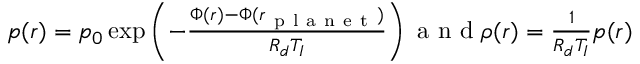
\begin{array} { r } { p ( r ) = p _ { 0 } \exp \left( - \frac { \Phi ( r ) - \Phi ( r _ { \mathrm { ~ p ~ l ~ a ~ n ~ e ~ t ~ } } ) } { R _ { d } T _ { I } } \right) \mathrm { ~ a ~ n ~ d ~ } \rho ( r ) = \frac { 1 } { R _ { d } T _ { I } } p ( r ) } \end{array}